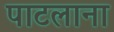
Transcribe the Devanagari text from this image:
पाटलाना